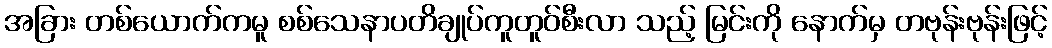
အခြား တစ်ယောက်ကမူ စစ်သေနာပတိချုပ်ကူတူဝ်စီးလာ သည့် မြင်းကို နောက်မှ တဗုန်းဗုန်းဖြင့်